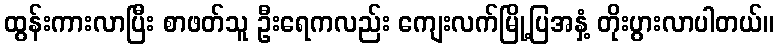
ထွန်းကားလာပြီး စာဖတ်သူ ဦးရေကလည်း ကျေးလက်မြို့ပြအနှံ့ တိုးပွားလာပါတယ်။